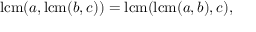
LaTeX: \operatorname { l c m } ( a , \operatorname { l c m } ( b , c ) ) = \operatorname { l c m } ( \operatorname { l c m } ( a , b ) , c ) ,